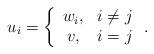
LaTeX: \begin{align*}u_i = \left\{\begin{array}{cc} w_i, & i\ne j\\ v, & i=j\end{array}\right..\end{align*}